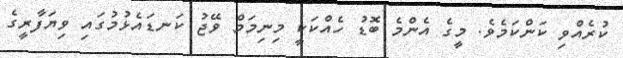
ކުރެއްވި ކަންކަމެވެ. މީގެ އެންމެ ބޮޑު ހެއްކަކީ މިނިމަމް ވޭޖު ކަނޑައެޅުމުގައި ވިޔަފާރީގެ